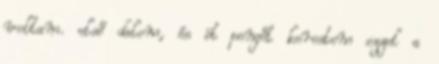
voltam. első dalom, és öt pengőt kerestem ezzel a